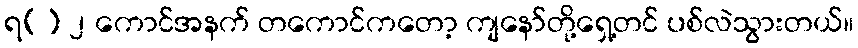
ရ() ၂ ကောင်အနက် တကောင်ကတော့ ကျနော်တို့ရှေ့တင် ပစ်လဲသွားတယ်။